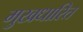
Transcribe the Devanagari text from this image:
मुखधारित